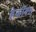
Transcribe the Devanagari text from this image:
हेकॉक्स